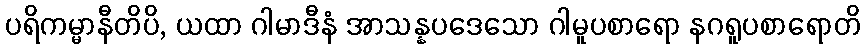
ပရိကမ္မာနီတိပိ, ယထာ ဂါမာဒီနံ အာသန္နပဒေသော ဂါမူပစာရော နဂရူပစာရောတိ